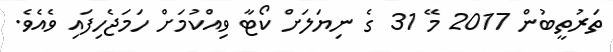
ތަރުތީބުން 2017 މޭ 31 ގެ ނިޔަލަށް ކޯޓާ ވިއްކުމަށް ހަމަޖެހިފައި ވެއެވެ.